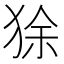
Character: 狳